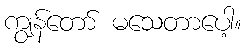
ကျွန်တော် မသေတာပေါ့။